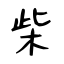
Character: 柴